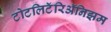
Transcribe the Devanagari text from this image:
टोटलिटॅरिॲनिझम